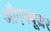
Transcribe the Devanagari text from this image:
औएनबूज़र